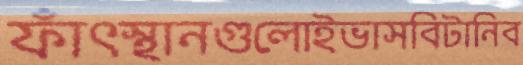
ফাঁৎস্থানগুলোইভাসবিটানিব